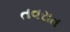
તવરાત